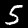
Label: 5